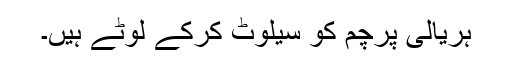
ہریالی پرچم کو سیلوٹ کرکے لوٹے ہیں۔